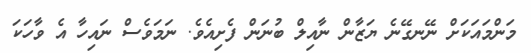
މަންމައަކަށް ނޭނގޭނެ ޔަޒާން ނާއިލް ބުނަން ފެށިއެވެ. ނަމަވެސް ނައިހާ އެ ވާހަކަ